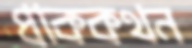
প্রাককথন